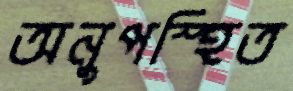
অনুপস্হিত